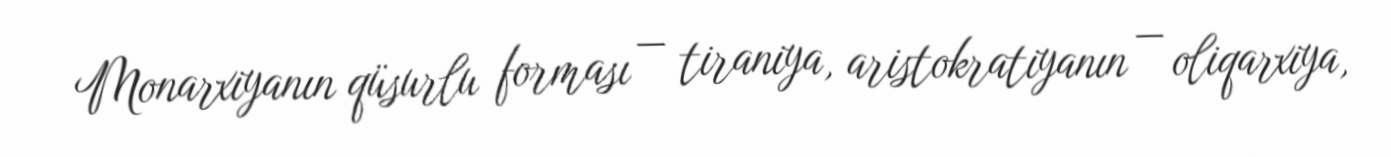
Monarxiyanın qüsurlu forması — tiraniya, aristokratiyanın — oliqarxiya,